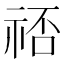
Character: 𬒷